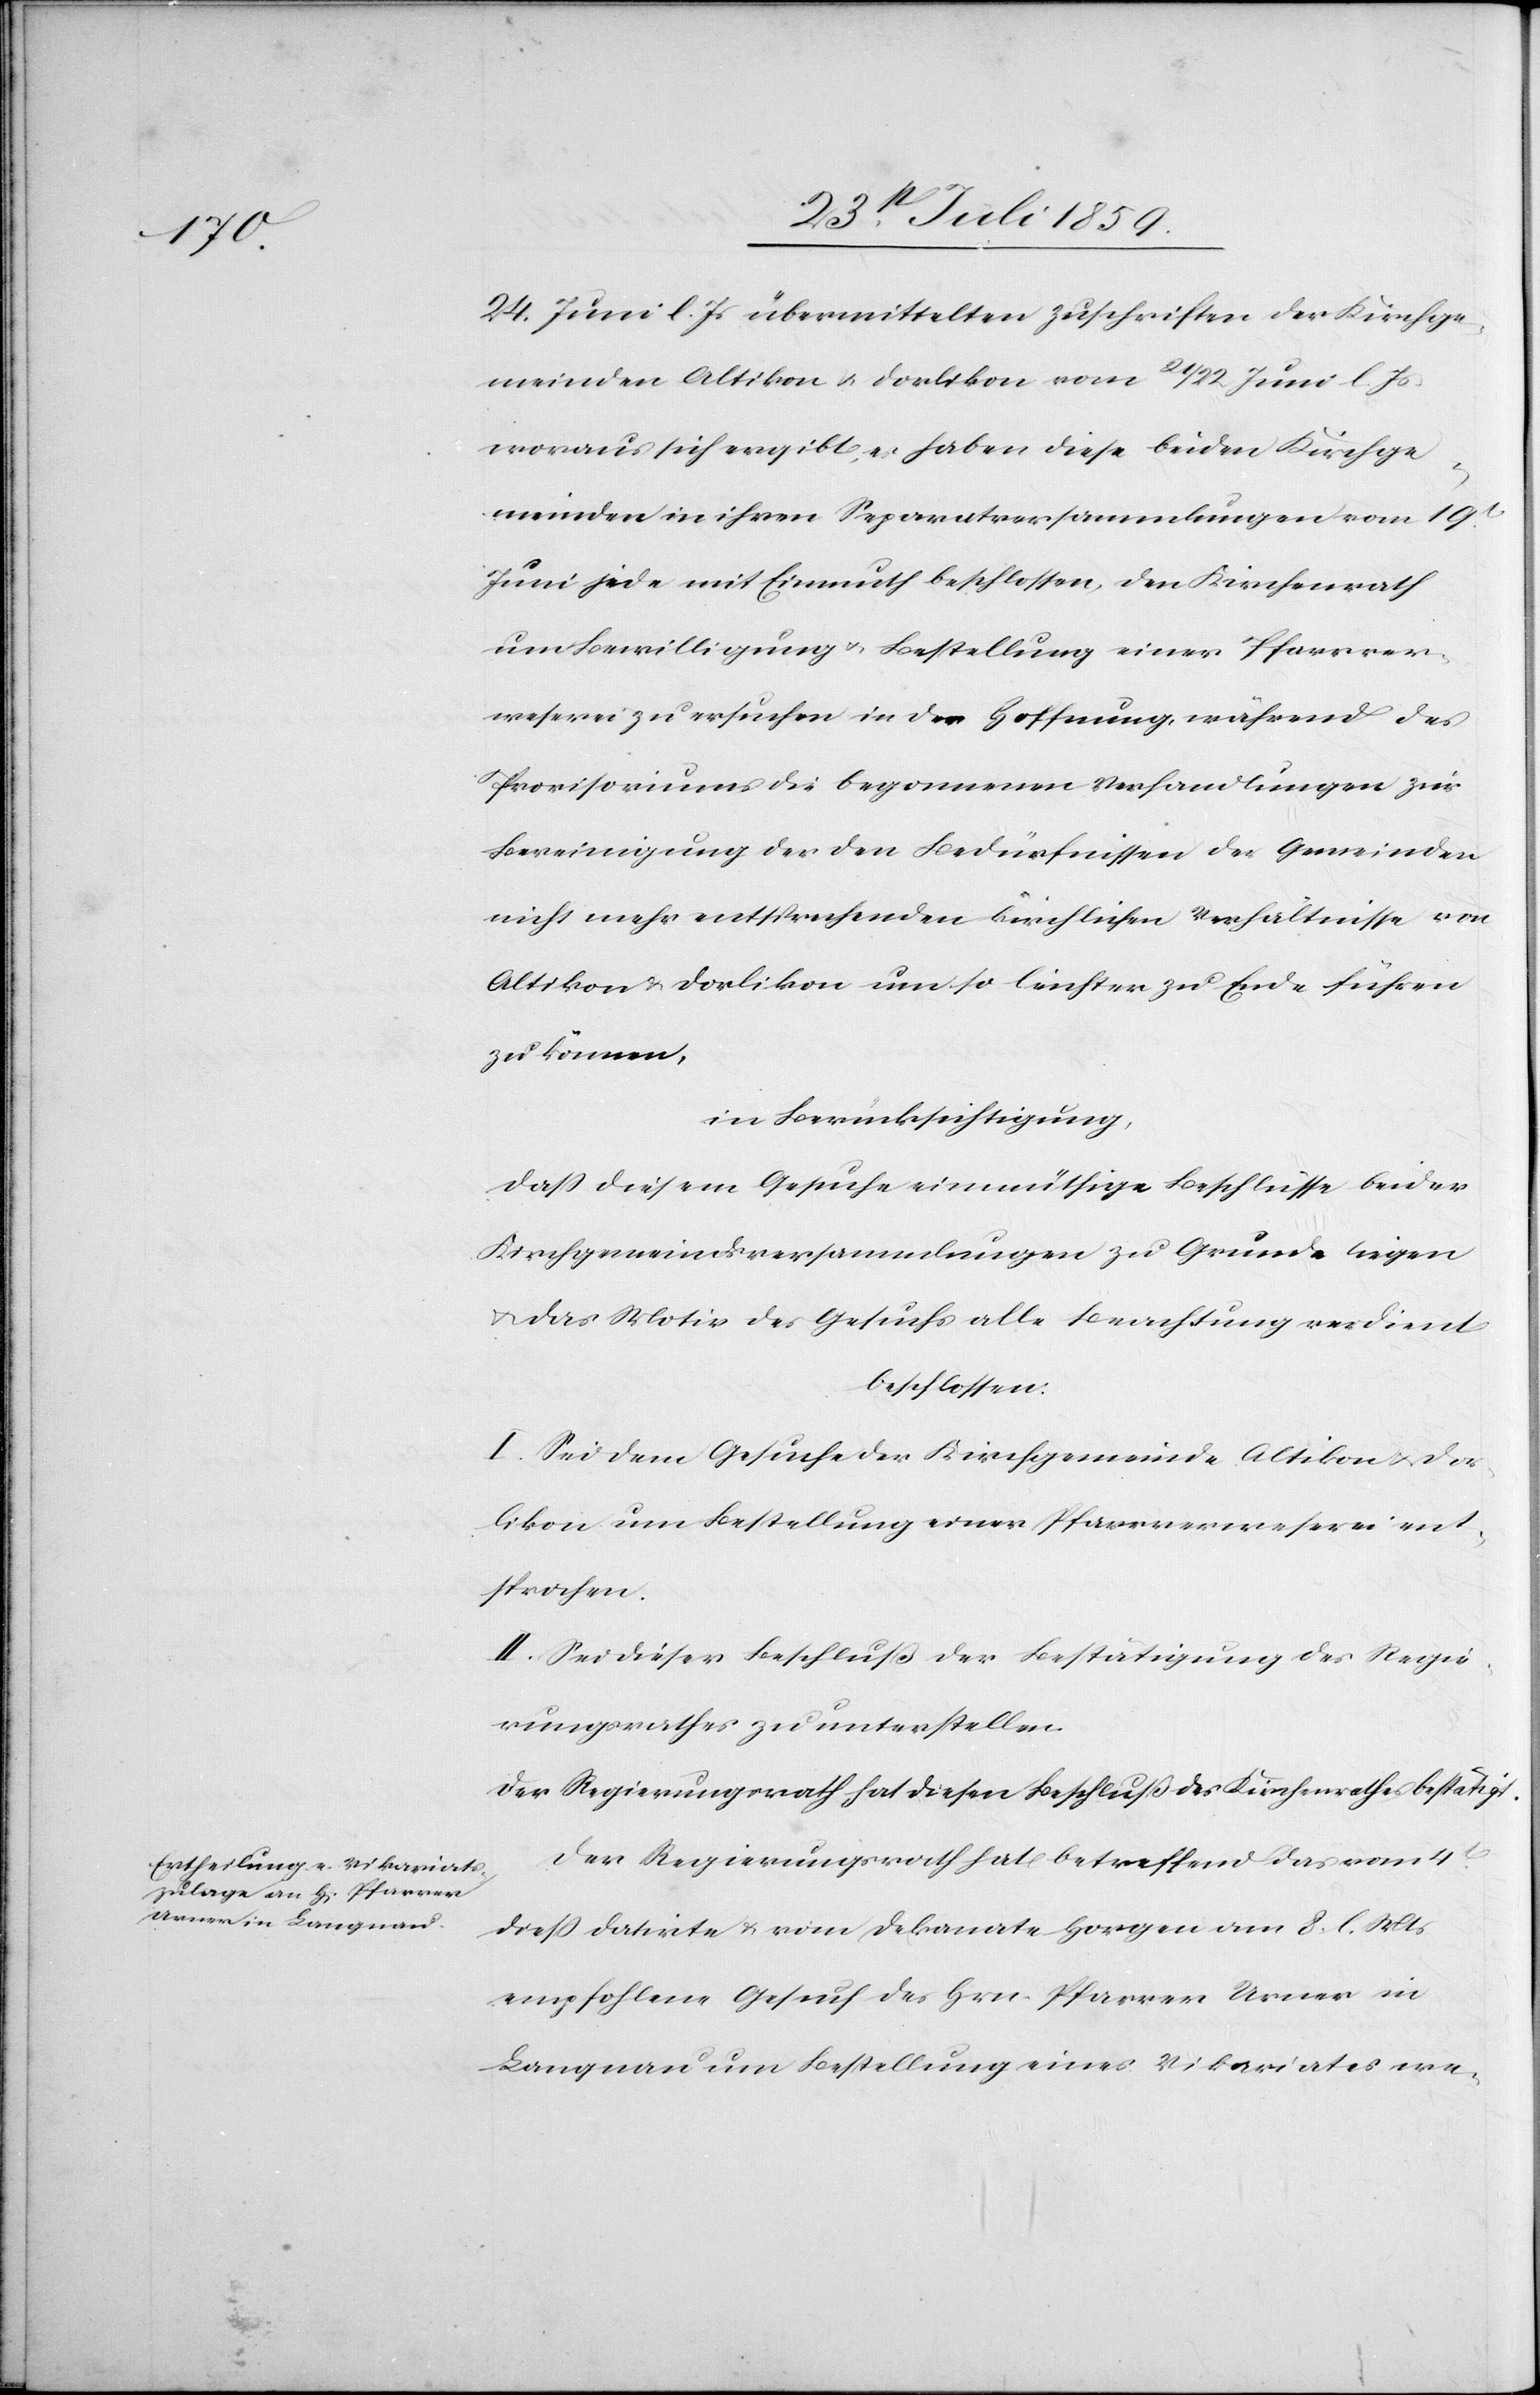
24. Juni l. Js. übermittelten Zuschriften der Kirchge¬
meinden Altikon u. Dorlikon vom 21/22 Juni l. Js.
woraus sich ergibt, es haben diese beiden Kirchge¬
meinden in ihren Separatversammlungen vom 19t.
Juni jede mit Einmuth beschlossen, den Kirchenrath
um Bewilligung u. Bestellung einer Pfarrver¬
weserei zu ersuchen in der Hoffnung, während des
Provisoriums die begonnenen Verhandlungen zur
Bereinigung der den Bedürfnissen der Gemeinden
nicht mehr entsprechenden kirchlichen Verhältnisse von
Altikon u. Dorlikon um so leichter zu Ende führen
zu können,
in Berüksichtigung,
daß diesem Gesuche einmühtige Beschlüsse beider
Kirchgemeindsversammlungen zu Grunde liegen
u. das Motiv des Gesuchs alle Beachtung verdient
beschlossen:
I. Sei dem Gesuche der Kirchgemeinde Altikon u. Dor¬
likon um Bestellung einer Pfarrverweserei ent¬
sprochen.
II. Sei dieser Beschluß der Bestätigung des Regie¬
rungsrathes zu unterstellen.
Der Regierungsrath hat diesen Beschluß des Kirchenrathes bestätigt.
Der Regierungsrath hat betreffend das vom
dieß datirte u. vom Dekanate Horgen am 8. l. Mts
empfohlene Gesuch des Hrn. Pfarrer Urner in
Langnau um Bestellung eines Vikariates we-